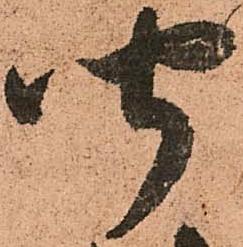
聞